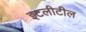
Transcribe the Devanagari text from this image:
इटलीटील